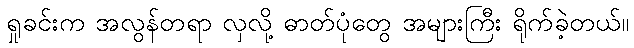
ရှုခင်းက အလွန်တရာ လှလို့ ဓာတ်ပုံတွေ အများကြီး ရိုက်ခဲ့တယ်။